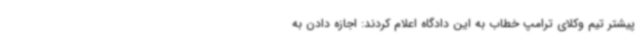
پیشتر تیم وکلای ترامپ خطاب به این دادگاه اعلام کردند: اجازه دادن به